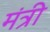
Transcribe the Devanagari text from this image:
मंत्री